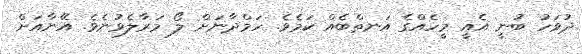
ދުވަހު ބުނީ އެއީ މީހެއްގެ އަނތްބެއް ކަމެވެ. ހަމްދާނަށް ލޯ މަރާލެވުނެވެ. އޭނާއަށް